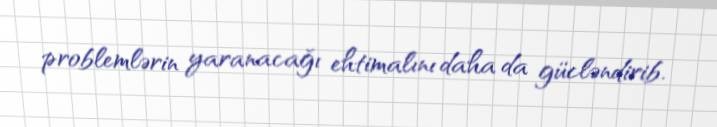
problemlərin yaranacağı ehtimalını daha da gücləndirib.